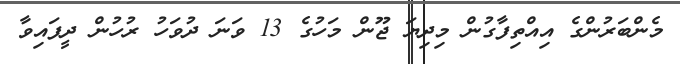
މެންބަރުންގެ އިއްތިފާގުން މިދިޔަ ޖޫން މަހުގެ 13 ވަނަ ދުވަހު ރުހުން ދީފައިވާ